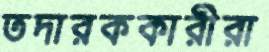
তদারককারীরা